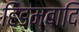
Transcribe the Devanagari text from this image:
हिडम्बादि